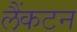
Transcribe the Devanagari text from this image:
लैंकटन